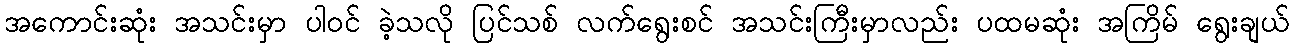
အကောင်းဆုံး အသင်းမှာ ပါဝင် ခဲ့သလို ပြင်သစ် လက်ရွေးစင် အသင်းကြီးမှာလည်း ပထမဆုံး အကြိမ် ရွေးချယ်